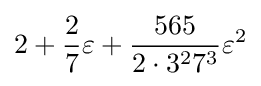
2+{\frac {2}{7}}\varepsilon +{\frac {565}{2\cdot 3^{2}7^{3}}}\varepsilon ^{2}